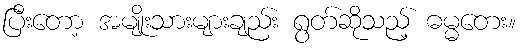
ပြီးတော့ အမျိုးသားများချည်း ရွတ်ဆိုသည့် ဓမ္မတေး။